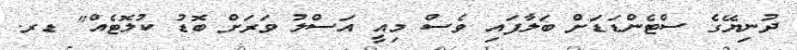
ދުނިޔޭގެ ސްޓެންޑަޑަށް ބަލާފައި ވެސް މިއީ އަސްލު ވަރަށް ބޮޑު ކުލޮޓެއް" ޑރ.